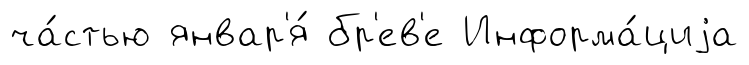
ча́стью январ'я́ бр'ев'е Информа́циjа